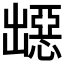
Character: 𭃁